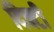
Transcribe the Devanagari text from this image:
दिक्टी